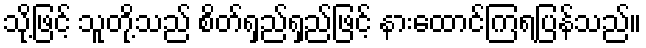
သို့ဖြင့် သူတို့သည် စိတ်ရှည်ရှည်ဖြင့် နားထောင်ကြရပြန်သည်။